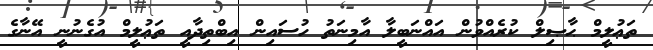
ތަޢުލީމް ޙާޞިލް ކުރެއްވުން އައްނަބީލާ އާމިނަތު ހުސައިން އިބްތިދާއީ ތަޢުލީމް އުގެނުނީ އޭނާގެ